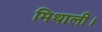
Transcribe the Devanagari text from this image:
मिथाली।